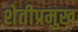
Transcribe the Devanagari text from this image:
शेतीप्रमुख